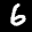
Label: 6